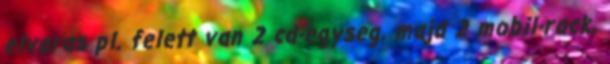
elvaras pl. felett van 2 cd-egyseg, majd 2 mobil-rack,